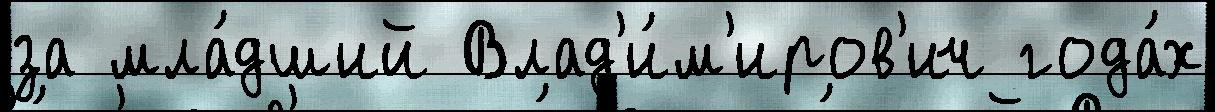
за мла́дший Влад'и́м'иров'ич года́х